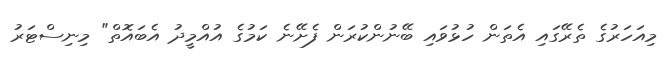
މިއަހަރުގެ ތެރޭގައި އެތަން ހުޅުވައި ބޭނުންކުރަން ފެށޭނެ ކަމުގެ އުއްމީދު އެބައޮތް" މިނިސްޓަރު